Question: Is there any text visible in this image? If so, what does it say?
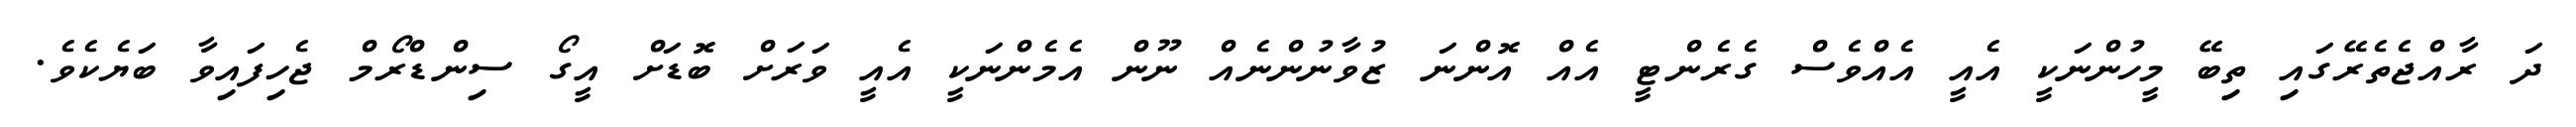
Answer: ދަ ރާއްޖެތެރޭގައި ތިބޭ މީހުންނަކީ އެއީ އެއްވެސް ގެރެންޓީ އެއް އޮންނަ ޒުވާނުންނެއް ނޫން އެމެންނަކީ އެއީ ވަރަށް ބޮޑަށް އީގޯ ސިންޑްރޯމް ޖެހިފައިވާ ބަޔެކެވެ.